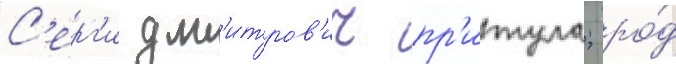
С'ерг'и дм'итров'ич пр'итула; ро́д